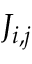
J _ { i , j }